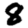
Digit: 8